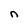
Character: n